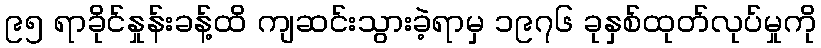
၉၅ ရာခိုင်နှုန်းခန့်ထိ ကျဆင်းသွားခဲ့ရာမှ ၁၉၇၆ ခုနှစ်ထုတ်လုပ်မှုကို